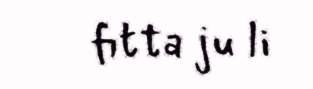
fitta ju li